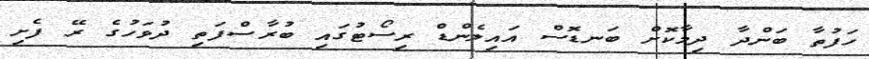
ހަފުތާ ބަންދާ ދިމާކޮށް ބަނޑޮސް އައިލެންޑް ރިސޯޓުގައި ބުރާސްފަތި ދުވަހުގެ ރޭ ފެށި